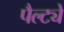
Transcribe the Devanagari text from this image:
पैल्ट्ये